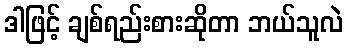
ဒါဖြင့် ချစ်ရည်းစားဆိုတာ ဘယ်သူလဲ